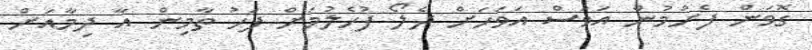
ގޮވަން ފެށުމުން އަވަސް އަވަހަށް ދެލޯ ފުހެލުމަށް ފަހު ތާމިން އާ ދިމާއަށް